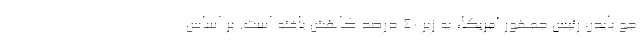
جو بایدن رئیس‌ جمهور آمریکا، به زیر ۴۰ درصد کاهش یافته است. بر اساس